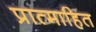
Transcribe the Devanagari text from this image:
प्रात्माहित